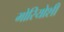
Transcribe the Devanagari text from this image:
मोरियोशी